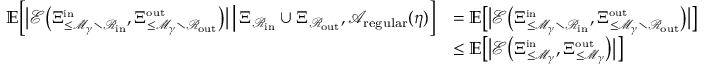
\begin{array} { r l } { \mathbb E \Big [ \big | { \mathcal E } \big ( \Xi _ { \le { \mathcal M } _ { \gamma } \setminus { \mathcal R } _ { \mathrm { i n } } } ^ { \scriptscriptstyle \mathrm { i n } } , \Xi _ { \le { \mathcal M } _ { \gamma } \setminus { \mathcal R } _ { \mathrm { o u t } } } ^ { \scriptscriptstyle \mathrm { o u t } } \big ) \big | \, \Big | \, \Xi _ { { \mathcal R } _ { \mathrm { i n } } } \cup \Xi _ { { \mathcal R } _ { \mathrm { o u t } } } , { \mathcal A } _ { \mathrm { r e g u l a r } } ( \eta ) \Big ] } & { = \mathbb E \big [ \big | { \mathcal E } \big ( \Xi _ { \le { \mathcal M } _ { \gamma } \setminus { \mathcal R } _ { \mathrm { i n } } } ^ { \scriptscriptstyle \mathrm { i n } } , \Xi _ { \le { \mathcal M } _ { \gamma } \setminus { \mathcal R } _ { \mathrm { o u t } } } ^ { \scriptscriptstyle \mathrm { o u t } } \big ) \big | \big ] } \\ & { \le \mathbb E \big [ \big | { \mathcal E } \big ( \Xi _ { \le { \mathcal M } _ { \gamma } } ^ { \scriptscriptstyle \mathrm { i n } } , \Xi _ { \le { \mathcal M } _ { \gamma } } ^ { \scriptscriptstyle \mathrm { o u t } } \big ) \big | \big ] } \end{array}